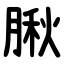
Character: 䐐